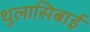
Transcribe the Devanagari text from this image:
थुलासिबाई